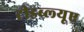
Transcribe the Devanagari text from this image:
टीडब्ल्‍यूए